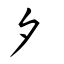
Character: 夕